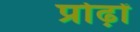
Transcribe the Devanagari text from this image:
प्रोढ़ों